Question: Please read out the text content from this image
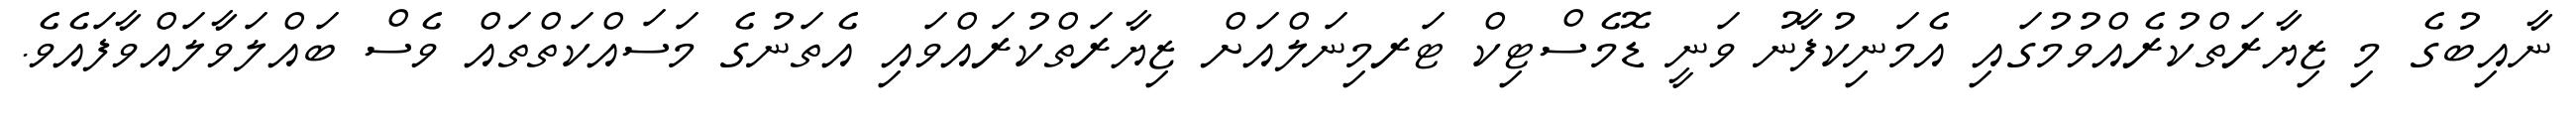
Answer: ނާއިބުގެ މި ޒިޔާރަތްކުރެއްވުމުގައި އެމަނިކުފާނު ވަނީ ޑޮމެސްޓިކް ޓަރމިނަލްއަށް ޒިޔާރަތްކުރައްވައި އެތަނުގެ މަސައްކަތްތައް ވެސް ބައްލަވާލައްވާފައެވެ.